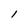
Character: l